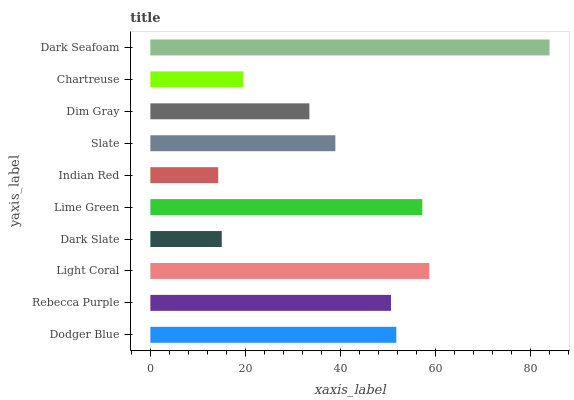
| yaxis_label | bars |
 | --- | --- |
 | Dodger Blue | 51.7 |
 | Rebecca Purple | 50.6 |
 | Light Coral | 58.7 |
 | Dark Slate | 15 |
 | Lime Green | 57.2 |
 | Indian Red | 14.3 |
 | Slate | 38.9 |
 | Dim Gray | 33.4 |
 | Chartreuse | 19.6 |
 | Dark Seafoam | 84 |